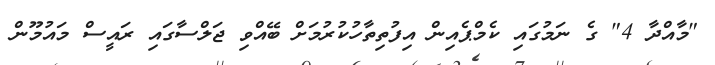
"މާއްދާ 4" ގެ ނަމުގައި ކެމްޕެއިން އިފުތިތާހުކުރުމަށް ބޭއްވި ޖަލްސާގައި ރައީސް މައުމޫން